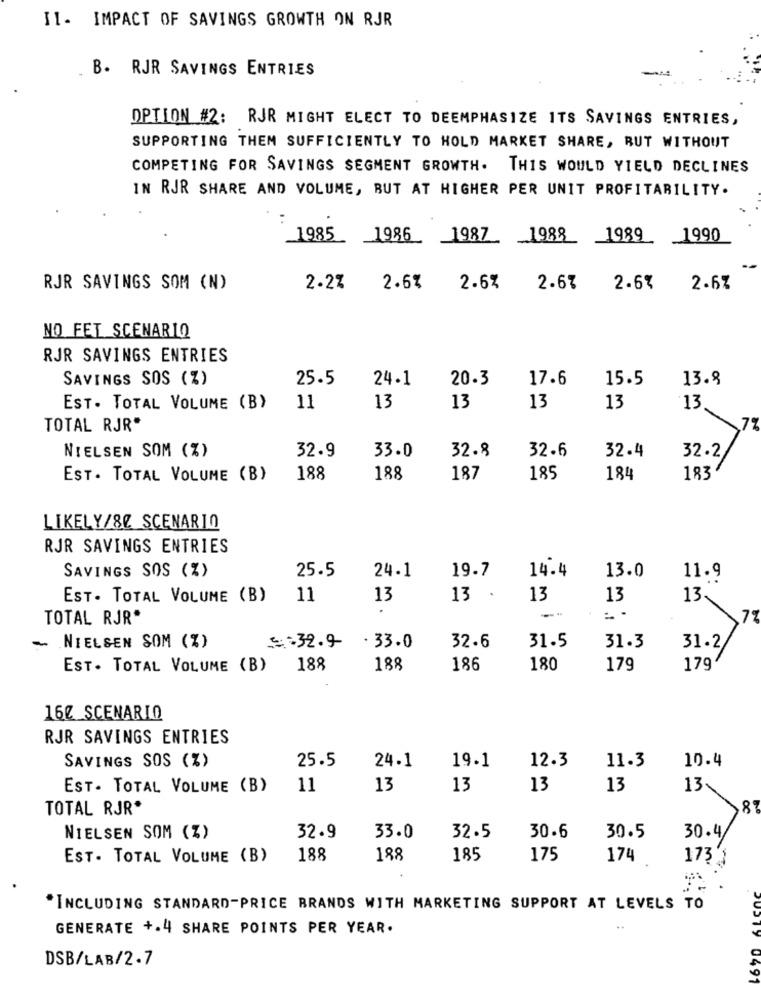
II. IMPACT OF SAVINGS GROWTH ON RJR
B. RJR SAVINGS ENTRIES
OPTION #2: RJR MIGHT ELECT TO DEEMPHASIZE ITS SAVINGS ENTRIES,
SUPPORTING THEM SUFFICIENTLY TO HOLD MARKET SHARE, BUT WITHOUT
COMPETING FOR SAVINGS SEGMENT GROWTH. THIS WOULD YIELD DECLINES
IN RJR SHARE AND VOLUME, BUT AT HIGHER PER UNIT PROFITABILITY.
1985 1986 1987 1988 1989 1990
RJR SAVINGS SOM (N)
2.2%
2.6%
2.6%
2.67
2.6%
2.6%
NO FET SCENARIO
RJR SAVINGS ENTRIES
SAVINGS SOS (%)
25.5
24.1
20.3
17.6
15.5
13.8
EST. TOTAL VOLUME (B)
11
13
13
13
13
13
TOTAL RJR*
7%
NIELSEN SOM (%)
32.9
32.8
32.6
32.4
33.0
32.2
EST. TOTAL VOLUME (B)
188
188
187
185
184
183
LIKELY/80 SCENARIO
RJR SAVINGS ENTRIES
25.5
24.1
19.7
14.4
13.0
SAVINGS SOS (%)
11.9
EST. TOTAL VOLUME (B)
11
13
13 .
13
13
13
.
TOTAL RJR*
7%
NIELSEN SOM (%)
31.5
-
5:32.9
.33.0
32.6
31.3
31.2
EST. TOTAL VOLUME (B)
188
188
186
180
179
179
160 SCENARIO
RJR SAVINGS ENTRIES
SAVINGS SOS (%)
25.5
24.1
19.1
12.3
11.3
10.4
EST. TOTAL VOLUME (B)
11
13
13
13
13
13%
TOTAL RJR*
8
30.5
NIELSEN SOM (Z)
32.9
33.0
32.5
30.6
30.41
EST. TOTAL VOLUME (B)
188
188
185
175
174
173'3
*INCLUDING STANDARD-PRICE BRANDS WITH MARKETING SUPPORT AT LEVELS TO
GENERATE +.4 SHARE POINTS PER YEAR.
DSB/LAB/2.7
0497